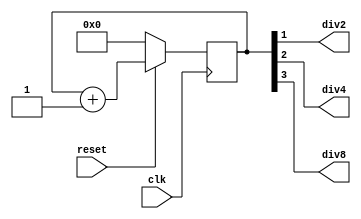
module clockdivider(
	input clk,
	input reset,
	output div2,
	output div4,
	output div8
	);
	
	reg [3:0] counter;
	
	always @(posedge clk) begin
		if(~reset)
			counter <= 0;
		else
			counter <= counter + 4'd1;
	end 
	
	assign div2 = counter[1];
	assign div4 = counter[2];
	assign div8 = counter[3];
	
endmodule